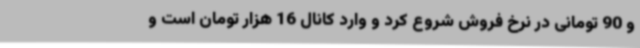
و 90 تومانی در نرخ فروش شروع کرد و وارد کانال 16 هزار تومان است و